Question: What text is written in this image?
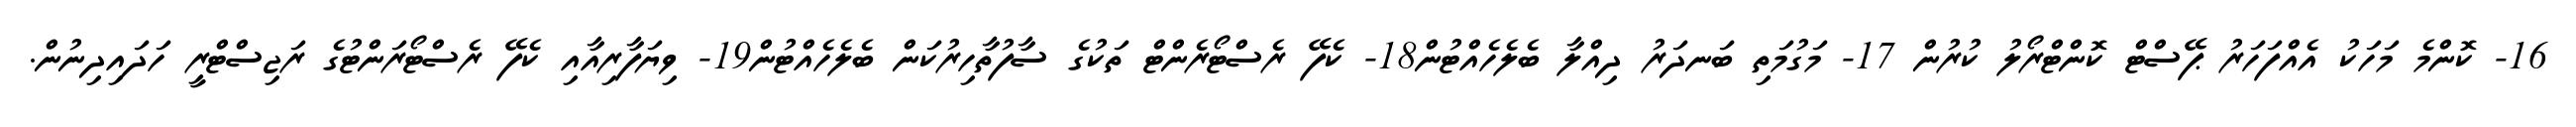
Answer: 16- ކޮންމެ މަހަކު އެއްފަހަރު ޕޭސްޓް ކޮންޓްރޯލު ކުރުން 17- މަގުމަތި ބަނދަރު ދިއްލާ ބެލެހެއްޓުން18- ކެފޭ ރެސްޓޯރެންޓް ތަކުގެ ސާފުތާހިރުކަން ބެލެހެއްޓުން19- ވިޔަފާރިއާއި ކެފޭ ރެސްޓޯރަންޓުގެ ރަޖިސްޓްރީ ހަދައިދިނުން.